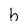
Character: b